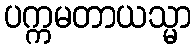
ပက္ကမတာယသ္မာ